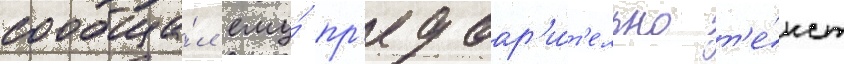
сообща́л ему́ пр'едвар'и́т'ельно т'е́кст